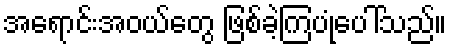
အရောင်းအဝယ်တွေ ဖြစ်ခဲ့ကြပုံပေါ်သည်။